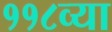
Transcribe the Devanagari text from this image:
११८व्या